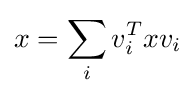
x=\sum _{i}v_{i}^{T}xv_{i}